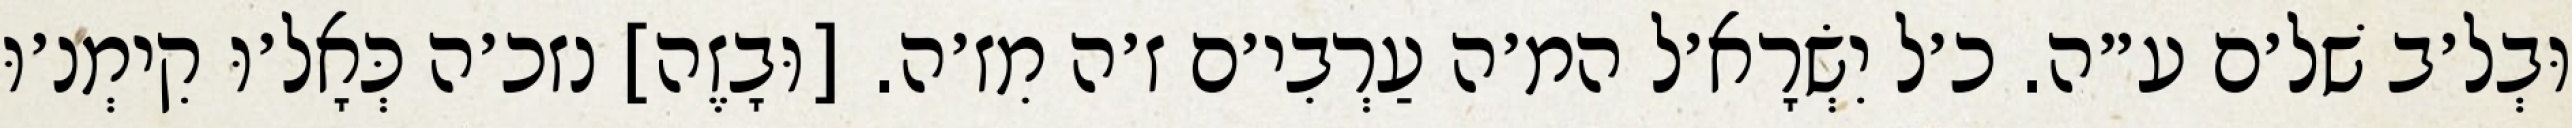
וּבְל׳ב שׁל׳ם ע״ה. כ׳ל יִשְׂרָא׳ל המ׳ה עַרְבִי׳ם ז׳ה מִז׳ה. [וּבָזֶה] נזכ׳ה כְּאָל׳וּ קִימְנ׳וּ